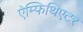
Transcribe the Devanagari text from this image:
ऐम्फिथिएटर